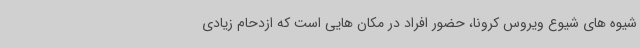
شیوه های شیوع ویروس کرونا، حضور افراد در مکان هایی است که ازدحام زیادی